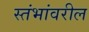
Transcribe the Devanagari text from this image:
स्तंभांवरील